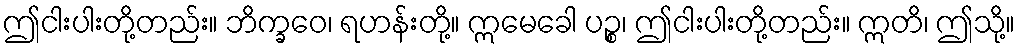
ဤငါးပါးတို့တည်း။ ဘိက္ခဝေ၊ ရဟန်းတို့။ ဣမေခေါ ပဉ္စ၊ ဤငါးပါးတို့တည်း။ ဣတိ၊ ဤသို့။